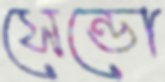
সেন্ডো